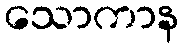
သောကာန